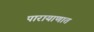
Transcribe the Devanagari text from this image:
पारायाणात